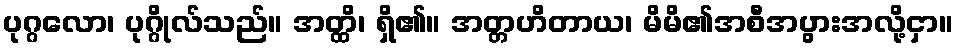
ပုဂ္ဂလော၊ ပုဂ္ဂိုလ်သည်။ အတ္ထိ၊ ရှိ၏။ အတ္တဟိတာယ၊ မိမိ၏အစီအပွားအလို့ငှာ။